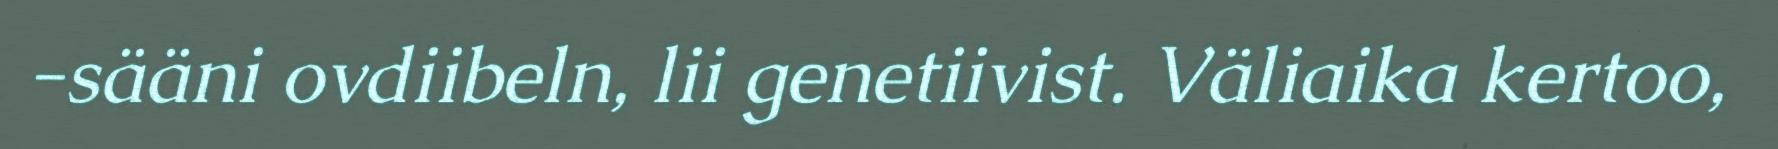
-sääni ovdiibeln, lii genetiivist. Väliaika kertoo,